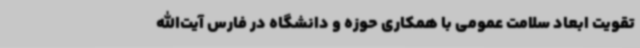
تقویت ابعاد سلامت عمومی با همکاری حوزه و دانشگاه در فارس آیت‌الله